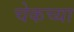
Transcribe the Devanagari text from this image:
चेकच्या